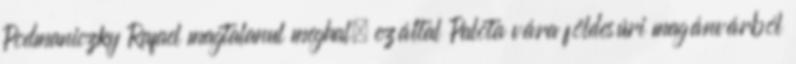
Podmaniczky Rafael magtalanul meghal, ezáltal Palota vára földesúri magánvárból